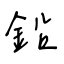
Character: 鉛